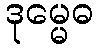
ဒုမ္မေဓ